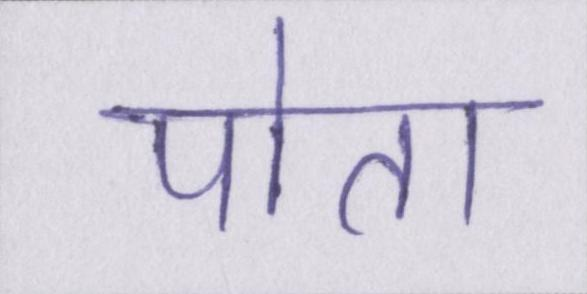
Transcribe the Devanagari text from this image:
पोता